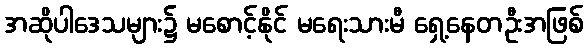
အဆိုပါဒေသများ၌ မစောင့်နိုင် မရေးသားမီ ရှေ့နေတဦးအဖြစ်